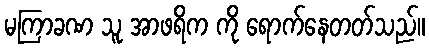
မကြာခဏ သူ အာဖရိက ကို ရောက်နေတတ်သည်။